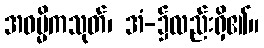
အဓမ္မိကသုတ်၊ အံ-၌လည်းရှိ၏။